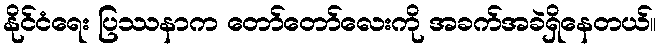
နိုင်ငံရေး ပြဿနာက တော်တော်လေးကို အခက်အခဲရှိနေတယ်။